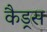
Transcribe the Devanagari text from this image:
कैड्रस